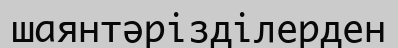
шаянтәрізділерден